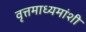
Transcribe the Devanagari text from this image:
वृत्तमाध्यमांशी